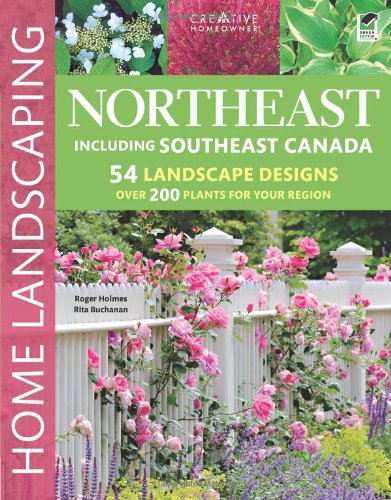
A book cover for Northeast Home Landscaping, 3rd edition: Including Southeast Canada; Roger Holmes Mr.; Crafts, Hobbies & Home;